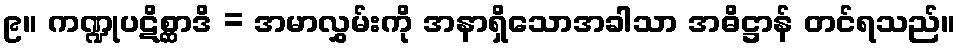
၉။ ကဏ္ဍုပဋိစ္ဆာဒိ = အမာလွှမ်းကို အနာရှိသောအခါသာ အဓိဋ္ဌာန် တင်ရသည်။